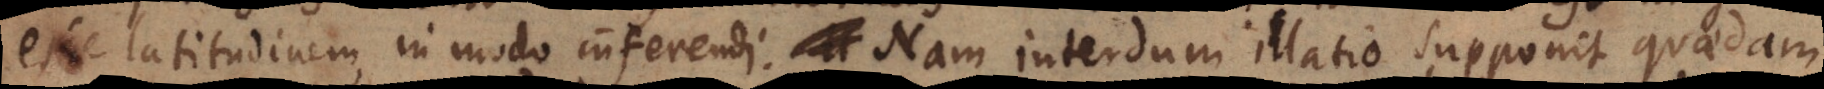
esse latitudinem, in modo inferendi. Nam interdum illatio supponit quaedam